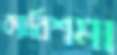
ক্যারিশমা